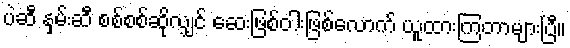
ပဲဆီ နှမ်းဆီ စစ်စစ်ဆိုလျှင် ဆေးဖြစ်ဝါးဖြစ်လောက် ယူထားကြတာများပြီ။